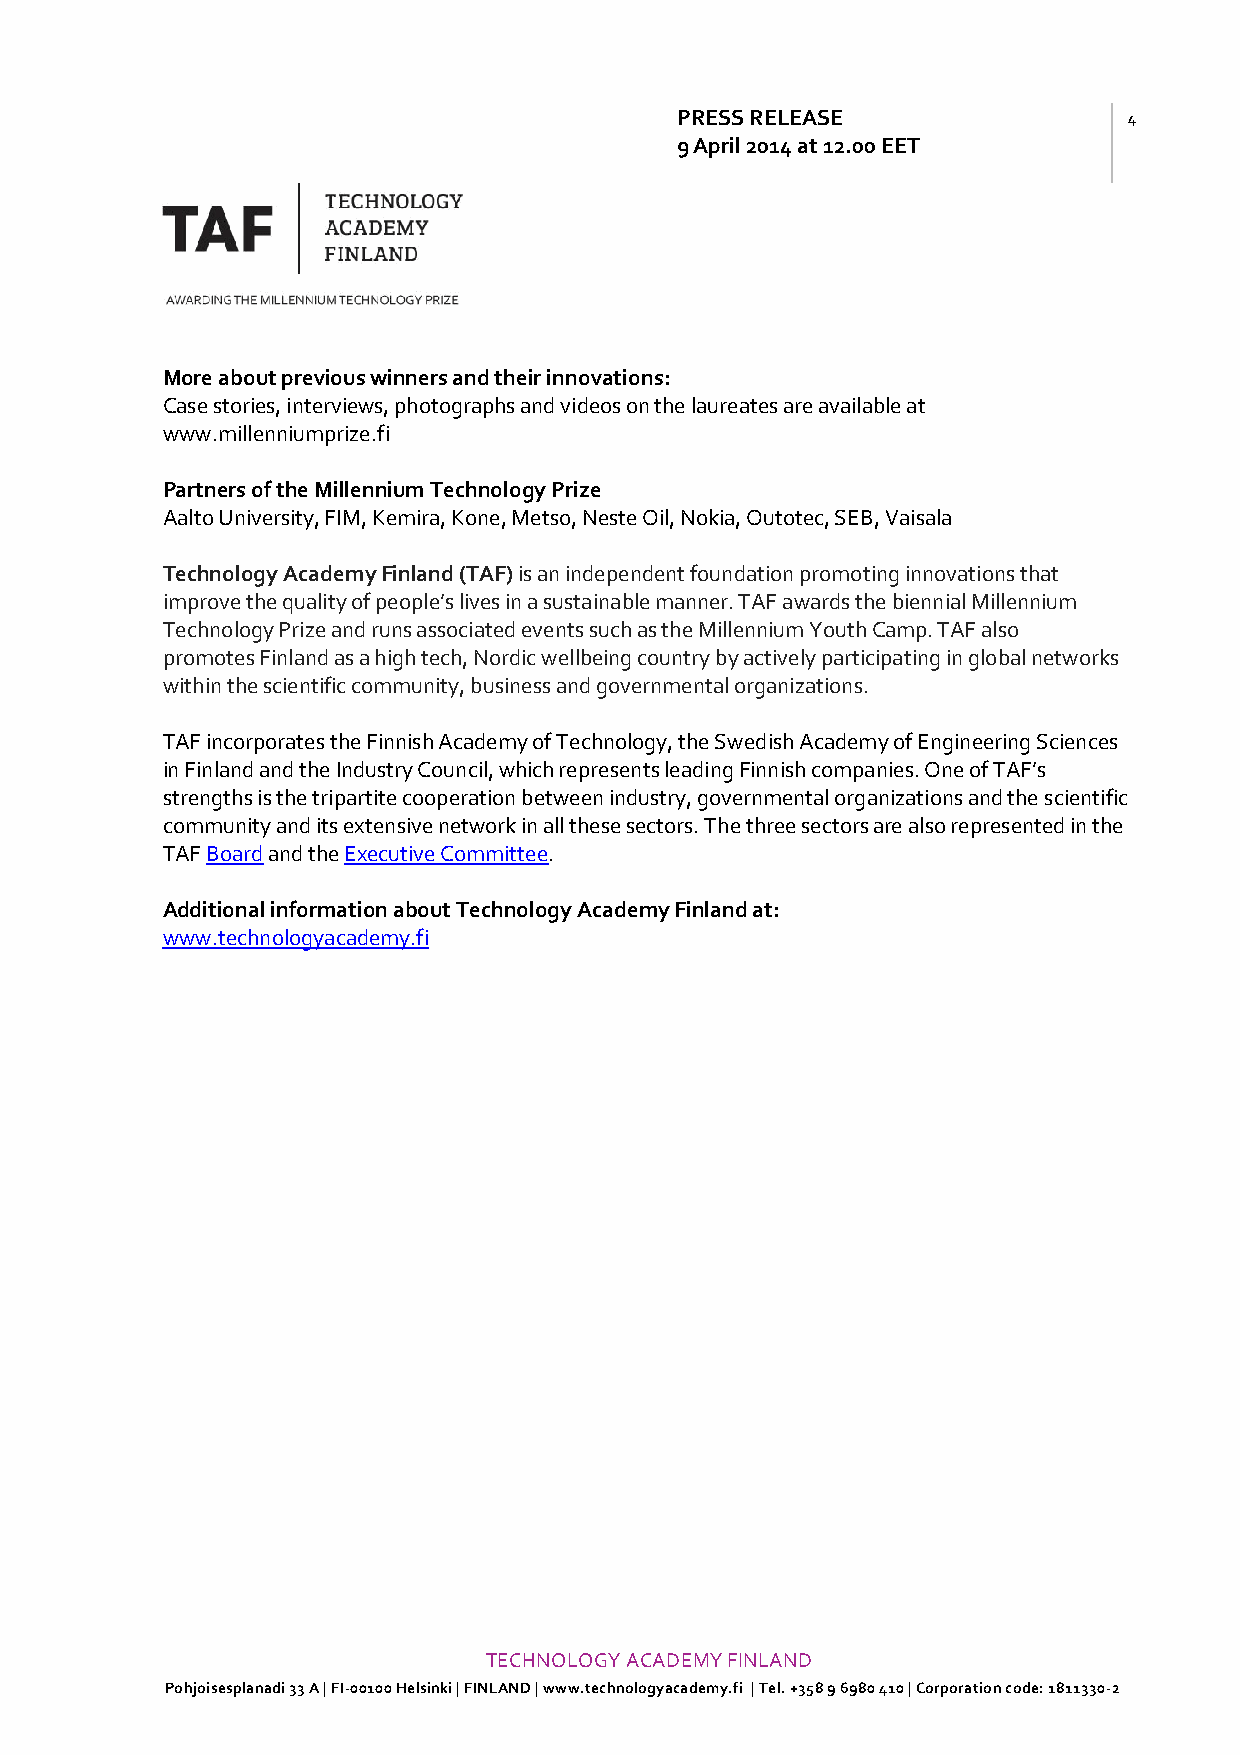
PRESS RELEASE                 4
 9 April 2014 at 12.00 EET
 More about previous winners and their innovations:
 Case stories, interviews, photographs and videos on the laureates are available at
 www.millenniumprize.fi
 Partners of the Millennium Technology Prize
 Aalto University, FIM, Kemira, Kone, Metso, Neste Oil, Nokia, Outotec, SEB, Vaisala
 Technology Academy Finland (TAF) is an independent foundation promoting innovations that
 improve the quality of people’s lives in a sustainable manner. TAF awards the biennial Millennium
 Technology Prize and runs associated events such as the Millennium Youth Camp. TAF also
 promotes Finland as a high tech, Nordic wellbeing country by actively participating in global networks
 within the scientific community, business and governmental organizations.
 TAF incorporates the Finnish Academy of Technology, the Swedish Academy of Engineering Sciences
 in Finland and the Industry Council, which represents leading Finnish companies. One of TAF’s
 strengths is the tripartite cooperation between industry, governmental organizations and the scientific
 community and its extensive network in all these sectors. The three sectors are also represented in the
 TAF Board and the Executive Committee.
 Additional information about Technology Academy Finland at:
 www.technologyacademy.fi
 TECHNOLOGY ACADEMY FINLAND
 Pohjoisesplanadi 33 A | FI-00100 Helsinki | FINLAND | www.technologyacademy.fi | Tel. +358 9 6980 410 | Corporation code: 1811330-2